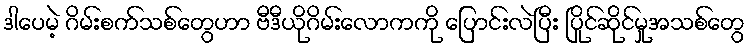
ဒါပေမဲ့ ဂိမ်းစက်သစ်တွေဟာ ဗီဒီယိုဂိမ်းလောကကို ပြောင်းလဲပြီး ပြိုင်ဆိုင်မှုအသစ်တွေ